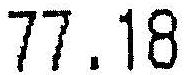
77.18